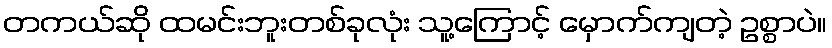
တကယ်ဆို ထမင်းဘူးတစ်ခုလုံး သူ့ကြောင့် မှောက်ကျတဲ့ ဥစ္စာပဲ။